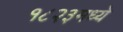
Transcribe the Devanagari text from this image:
१८२३मध्ये